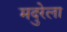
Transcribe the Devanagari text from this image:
मदुरेला